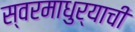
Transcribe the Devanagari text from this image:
स्वरमाधुर्याची